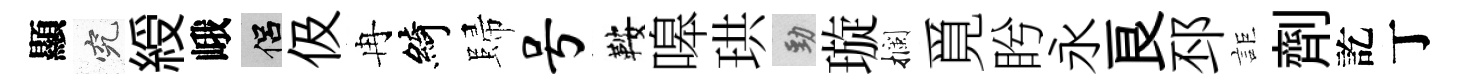
顯究綬峨侣伋冉綺歸号鞍嗥珙勁璇攔覓盻永良邳詎劑訖丁